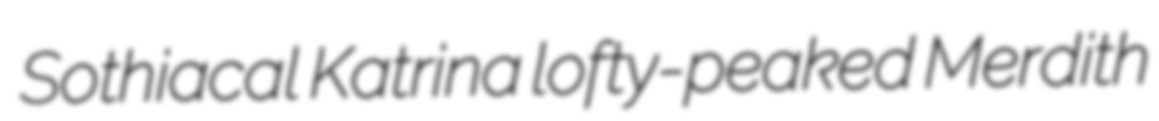
Sothiacal Katrina lofty-peaked Merdith